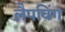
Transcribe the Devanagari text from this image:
लैपविंग